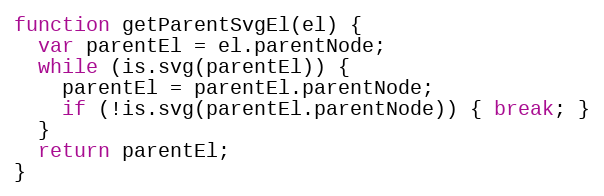
Language: JavaScript
function getParentSvgEl(el) {
  var parentEl = el.parentNode;
  while (is.svg(parentEl)) {
    parentEl = parentEl.parentNode;
    if (!is.svg(parentEl.parentNode)) { break; }
  }
  return parentEl;
}